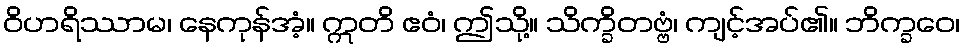
ဝိဟရိဿာမ၊ နေကုန်အံ့။ ဣတိ ဧဝံ၊ ဤသို့။ သိက္ခိတဗ္ဗံ၊ ကျင့်အပ်၏။ ဘိက္ခဝေ၊